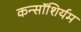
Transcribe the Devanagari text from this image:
कन्सॉशिर्यम